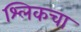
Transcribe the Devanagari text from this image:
श्लिकचा